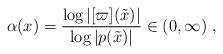
LaTeX: \begin{align*}\alpha(x)=\frac{\log |[\varpi](\tilde x)|}{\log|p(\tilde x)|}\in (0,\infty)\ ,\end{align*}